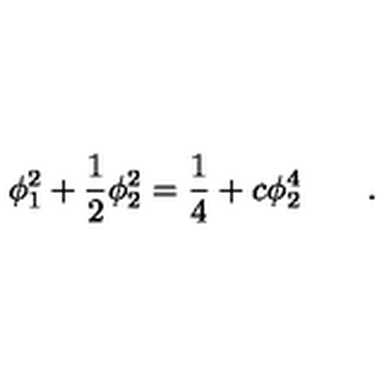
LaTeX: \phi _ { 1 } ^ { 2 } + \frac { 1 } { 2 } \phi _ { 2 } ^ { 2 } = \frac { 1 } { 4 } + c \phi _ { 2 } ^ { 4 } \qquad .